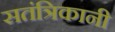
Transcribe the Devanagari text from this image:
सतंत्रिकानी